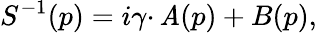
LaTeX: S^{-1}(p)=i\gamma\cdotp\mathit{A}(p)+B(p),